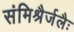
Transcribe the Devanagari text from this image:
संमिश्रैर्जलैः